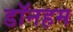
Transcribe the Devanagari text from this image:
डॉनहम